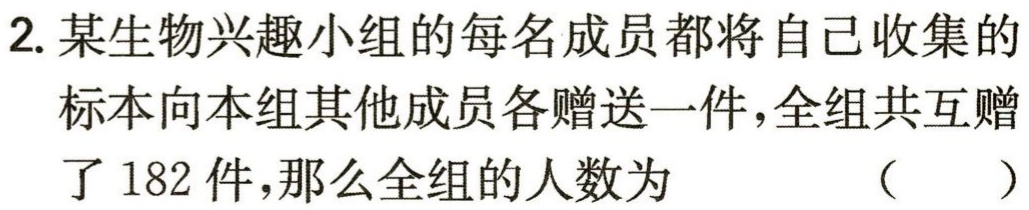
2. 某生物兴趣小组的每名成员都将自己收集的标本向本组其他成员各赠送一件，全组共互赠了182件，那么全组的人数为 （  ）